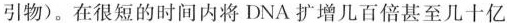
引物)。在很短的时间内将DNA扩增几百倍甚至几十亿